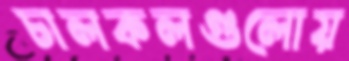
চালকলগুলোয়